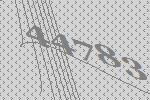
44783